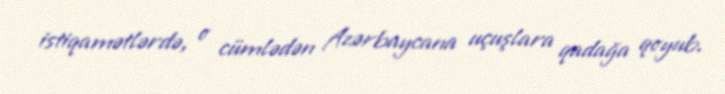
istiqamətlərdə, o cümlədən Azərbaycana uçuşlara qadağa qoyub.